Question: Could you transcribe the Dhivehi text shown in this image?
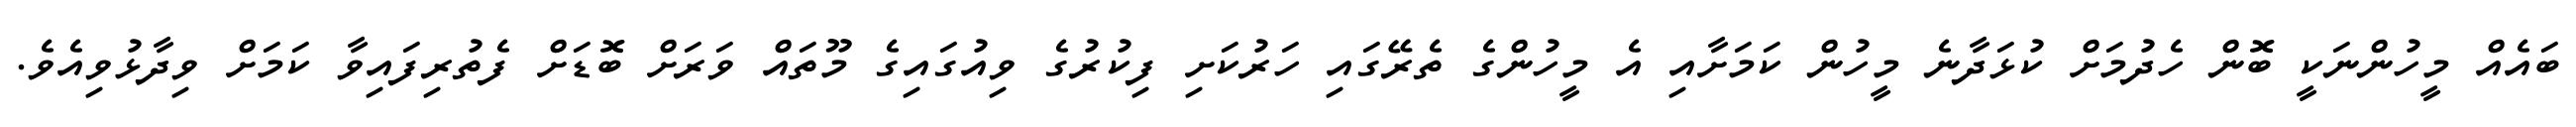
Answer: ބައެއް މީހުންނަކީ ބޮން ހެދުމަށް ކުޅަދާނެ މީހުން ކަމަށާއި އެ މީހުންގެ ތެރޭގައި ހަރުކަށި ފިކުރުގެ ވިއުގައިގެ މޫތައް ވަރަށް ބޮޑަށް ފެތުރިފައިވާ ކަމަށް ވިދާޅުވިއެވެ.